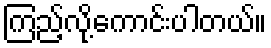
ကြည့်လို့ကောင်းပါတယ်။